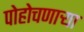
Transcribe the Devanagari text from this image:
पोहोचणार्‍या